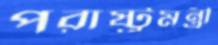
পরাষ্ট্রমন্ত্রী